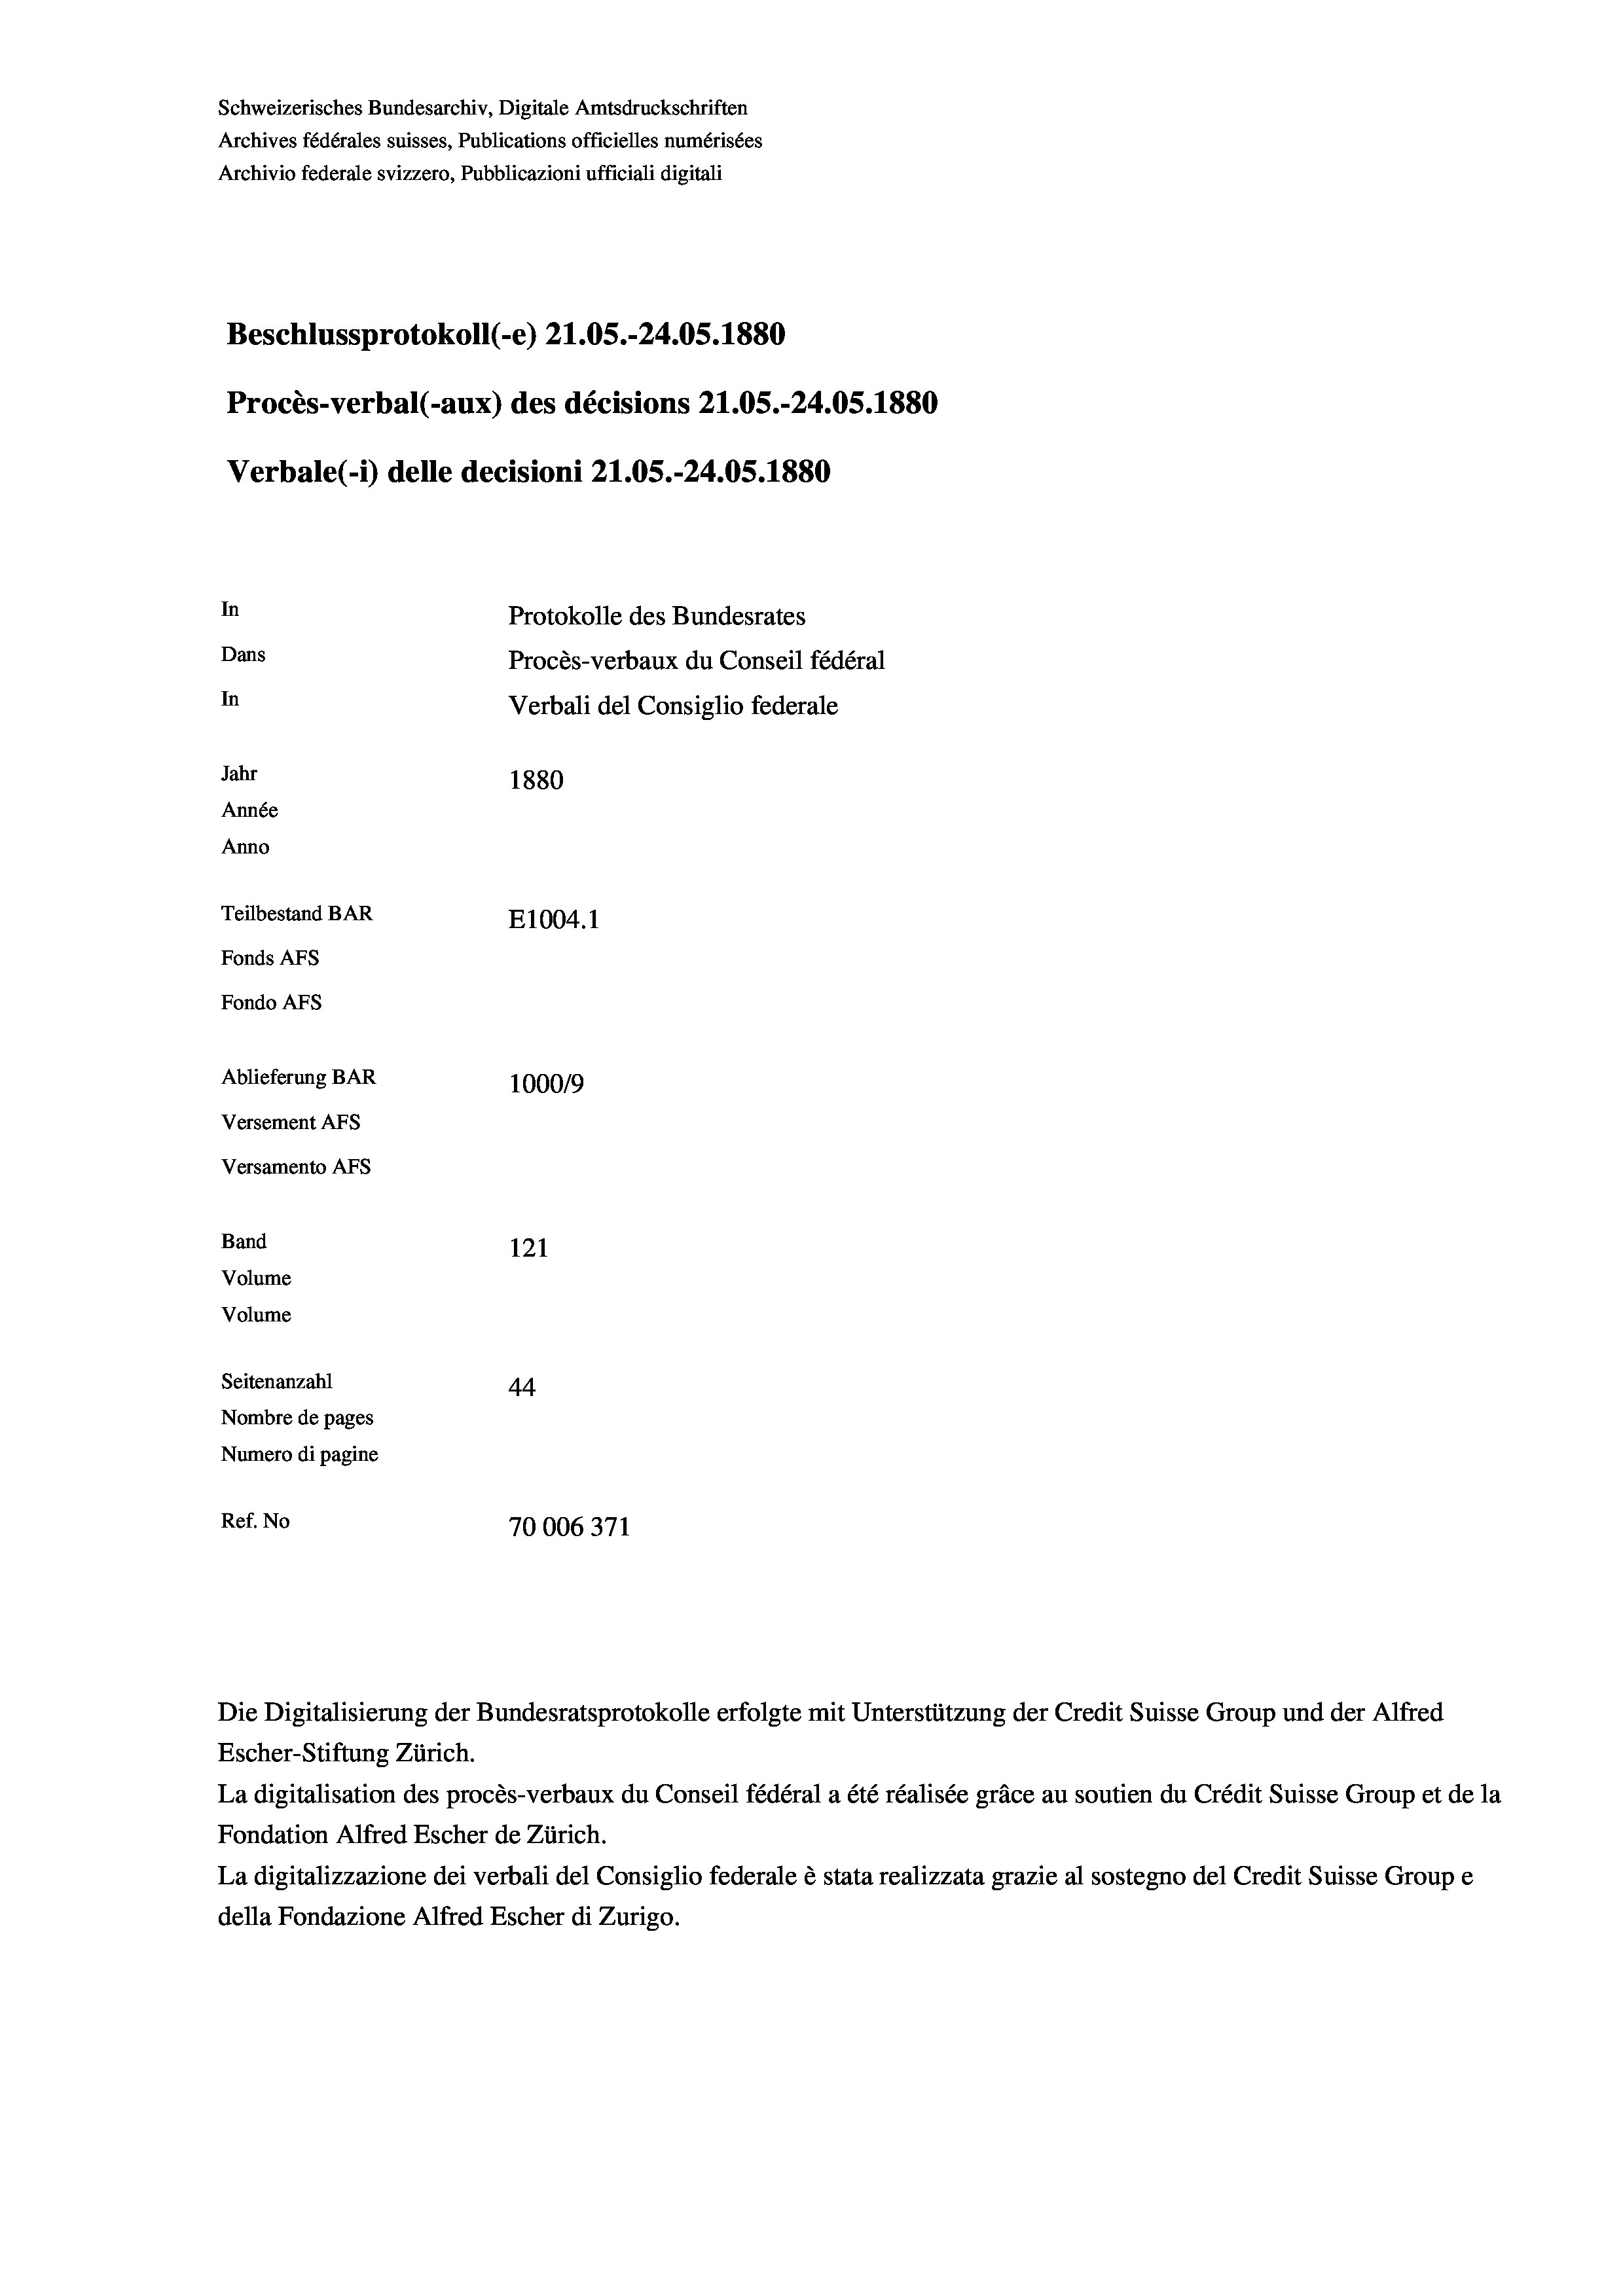
Schweizerisches Bundesarchiv, Digitale Amtsdruckschriften
Archives fédérales suisses, Publications officielles numérisées
Archivio federale svizzero, Pubblicazioni ufficiali digitali
Beschlussprotokoll (-e) 21.05.-24.05. 1880
Procès-verbal (-aux) des décisions 21.05.-24.05.1880
Verbale (1) delle decisioni 21.05.-24.05. 1880
In
Protokolle des Bundesrates
Dans
Procès-verbaux du Conseil fédéral
In
Verbali del Consiglio federale
Jahr
1880
Année
Anno
Teilbestand BAR
E1004.1
Fonds AFs
Fondo AFs
Ablieferung BAR
100019
Versement AFs
Versamento Afs

121
Seitenanzahl
44
Nombre de pages
Numero di pagine
Ref. No
70006371

Band

Volume
Volume

Die Digitalisierung der Bundesratsprotokolle erfolgte mit Unterstützung der Credit Suisse Group und der Alfred
Escher-Stiftung Zürich.
La digitalisation des procès-verbaux du Conseil fédéral a été réalisée gräce au soutien du Crédit Suisse Group et de la
Fondation Alfred Escher de Zürich.
La digitalizzazione dei verbali del Consiglio federale è stata realizzata grazie al sostegno del Credit Suisse Groupe
della Fondazione Alfred Escher di Zurigo.